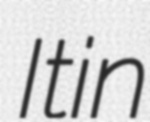
Itin